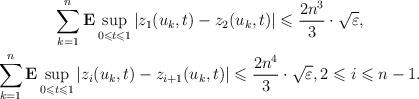
LaTeX: \begin{gather*}\sum_{k=1}^n {\bf E} \sup_{0\leqslant t\leqslant 1} \left|z_1(u_k,t)-z_2(u_k,t)\right|\leqslant \dfrac{2n^3}{3} \cdot \sqrt{\varepsilon},\\\sum_{k=1}^n {\bf E} \sup_{0\leqslant t\leqslant 1} \left|z_i(u_k,t)-z_{i+1}(u_k,t)\right|\leqslant \dfrac{2n^4}{3} \cdot \sqrt{\varepsilon},2\leqslant i\leqslant n-1.\end{gather*}